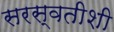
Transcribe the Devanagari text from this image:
सरस्वतीशी